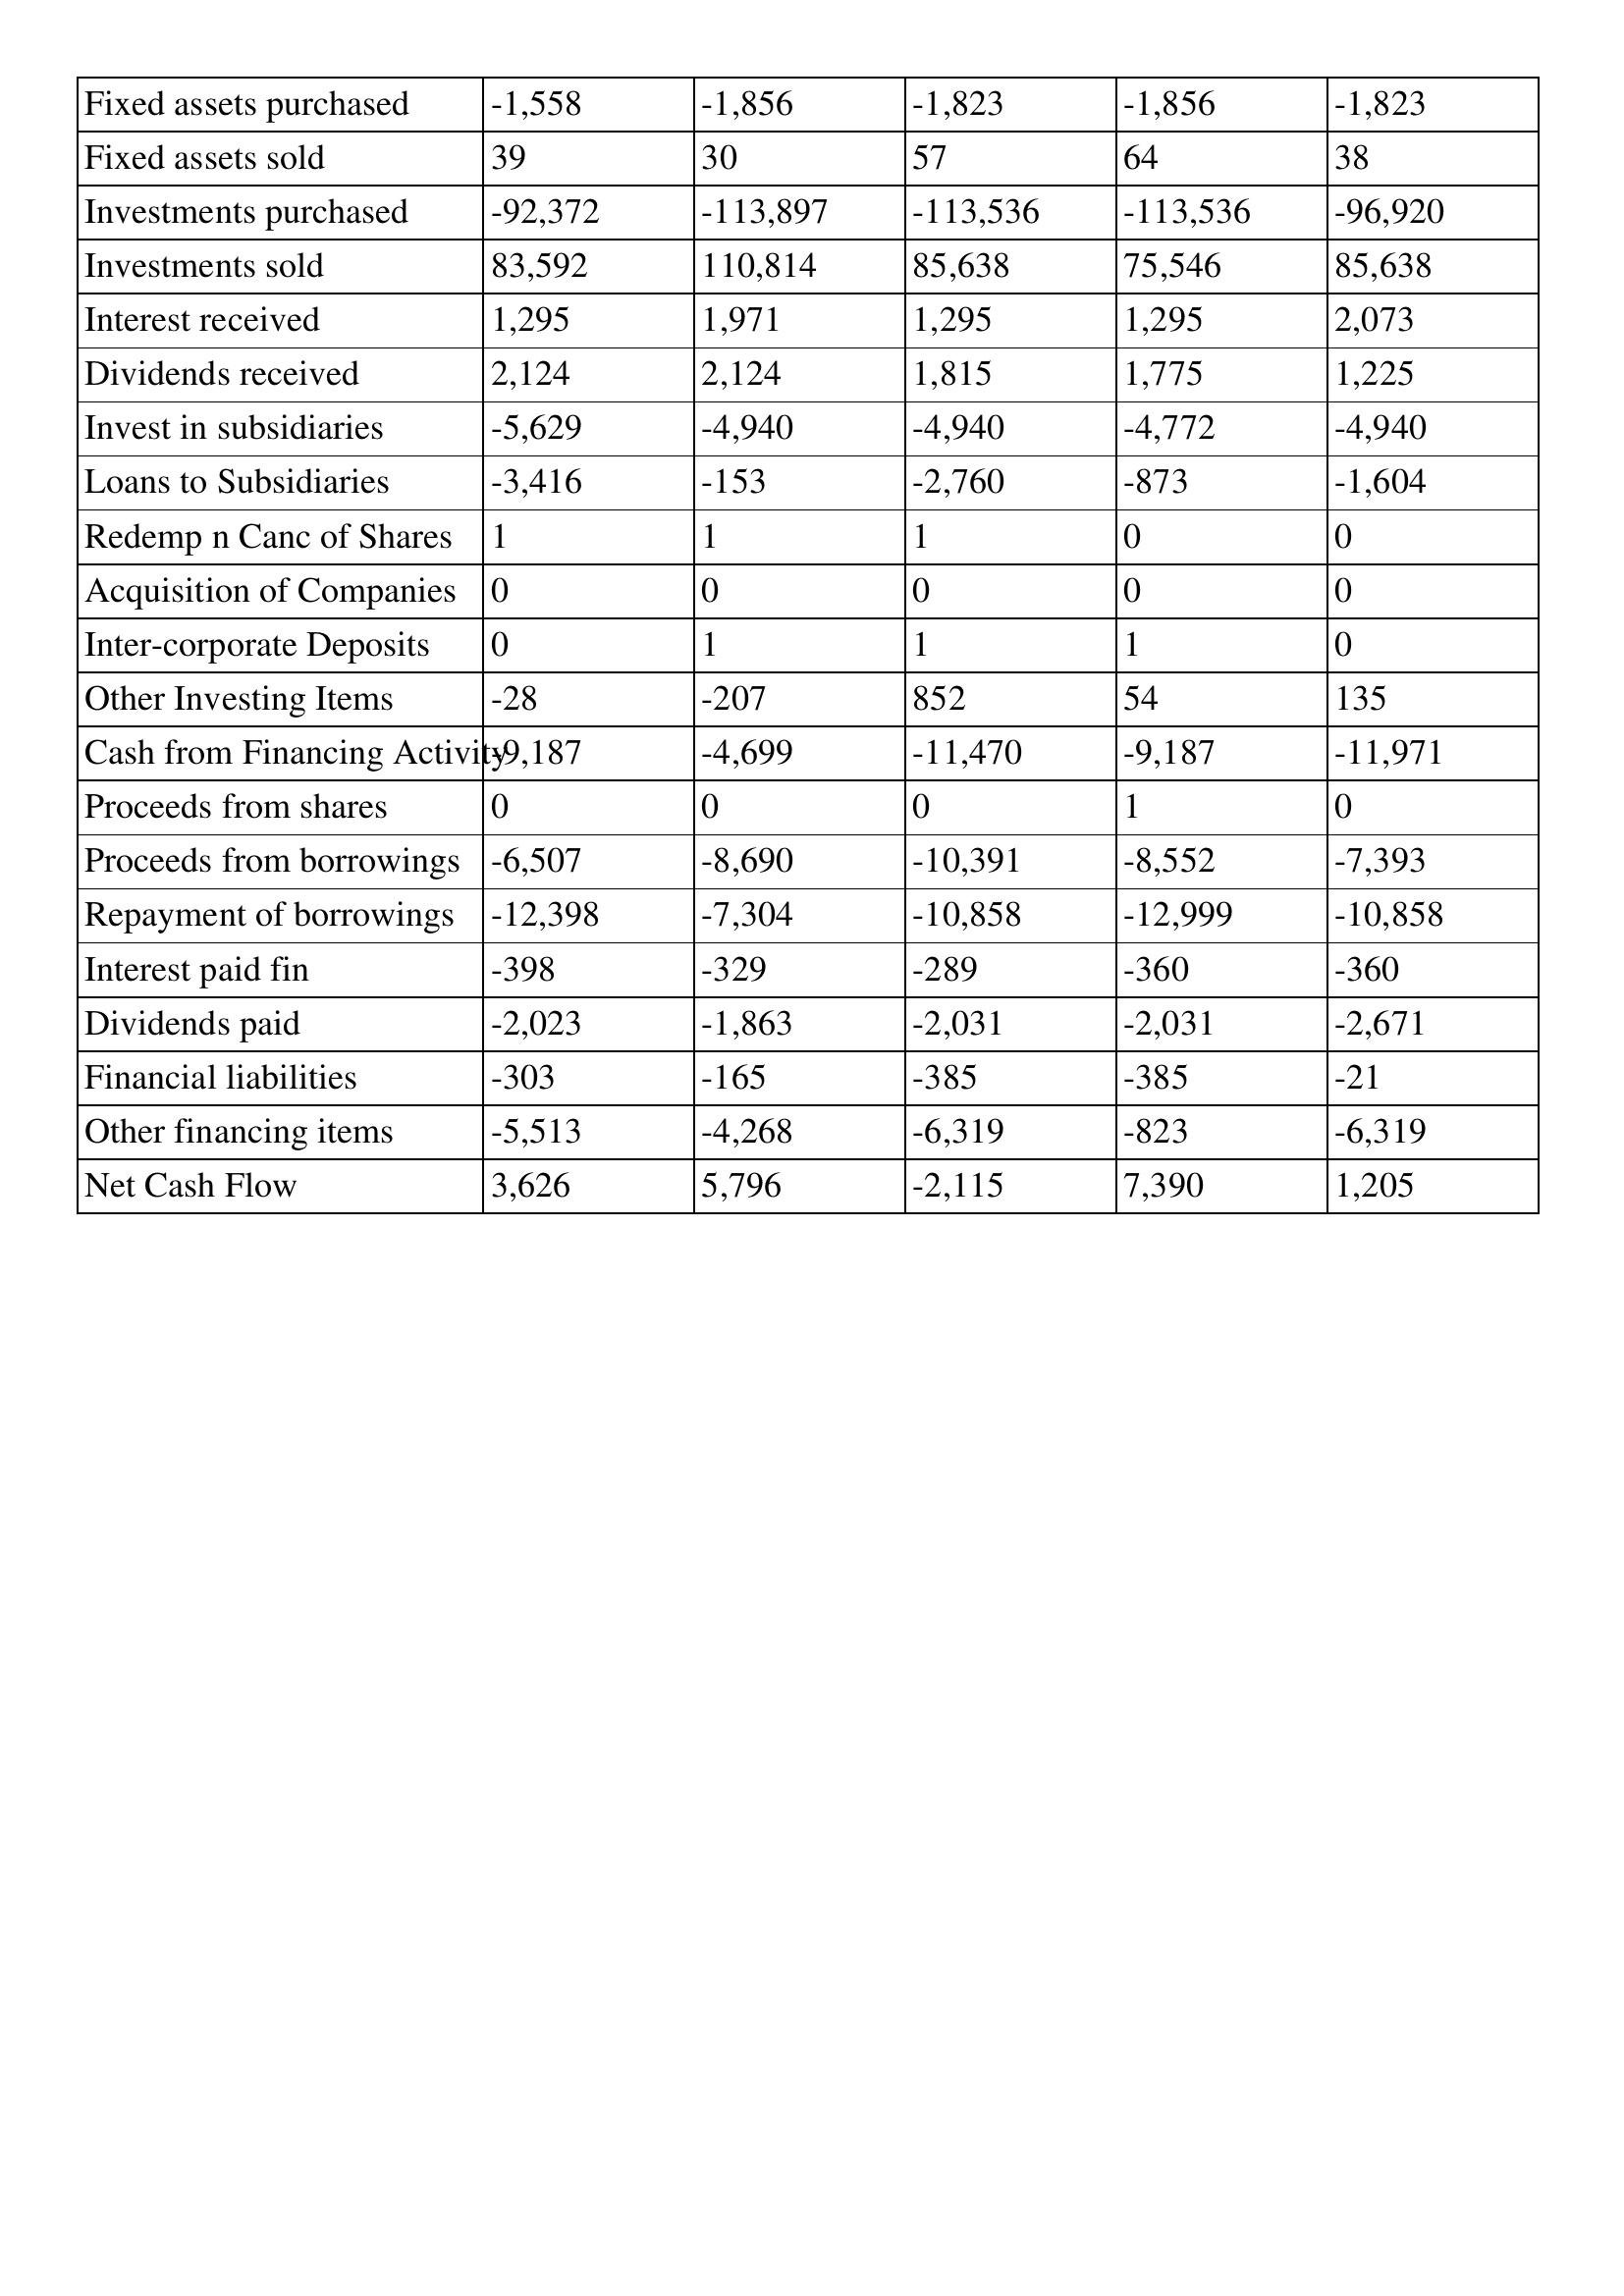
gt_parse: 2008: Cash Flows: Fixed assets purchased: -1,558
Fixed assets sold: 39
Investments purchased: -92,372
Investments sold: 83,592
Interest received: 1,295
Dividends received: 2,124
Invest in subsidiaries: -5,629
Loans to Subsidiaries: -3,416
Redemp n Canc of Shares: 1
Acquisition of Companies: 0
Inter-corporate Deposits: 0
Other Investing Items: -28
Cash from Financing Activity: -9,187
Proceeds from shares: 0
Proceeds from borrowings: -6,507
Repayment of borrowings: -12,398
Interest paid fin: -398
Dividends paid: -2,023
Financial liabilities: -303
Other financing items: -5,513
Net Cash Flow: 3,626
2007: Cash Flows: Fixed assets purchased: -1,856
Fixed assets sold: 30
Investments purchased: -113,897
Investments sold: 110,814
Interest received: 1,971
Dividends received: 2,124
Invest in subsidiaries: -4,940
Loans to Subsidiaries: -153
Redemp n Canc of Shares: 1
Acquisition of Companies: 0
Inter-corporate Deposits: 1
Other Investing Items: -207
Cash from Financing Activity: -4,699
Proceeds from shares: 0
Proceeds from borrowings: -8,690
Repayment of borrowings: -7,304
Interest paid fin: -329
Dividends paid: -1,863
Financial liabilities: -165
Other financing items: -4,268
Net Cash Flow: 5,796
2006: Cash Flows: Fixed assets purchased: -1,823
Fixed assets sold: 57
Investments purchased: -113,536
Investments sold: 85,638
Interest received: 1,295
Dividends received: 1,815
Invest in subsidiaries: -4,940
Loans to Subsidiaries: -2,760
Redemp n Canc of Shares: 1
Acquisition of Companies: 0
Inter-corporate Deposits: 1
Other Investing Items: 852
Cash from Financing Activity: -11,470
Proceeds from shares: 0
Proceeds from borrowings: -10,391
Repayment of borrowings: -10,858
Interest paid fin: -289
Dividends paid: -2,031
Financial liabilities: -385
Other financing items: -6,319
Net Cash Flow: -2,115
2005: Cash Flows: Fixed assets purchased: -1,856
Fixed assets sold: 64
Investments purchased: -113,536
Investments sold: 75,546
Interest received: 1,295
Dividends received: 1,775
Invest in subsidiaries: -4,772
Loans to Subsidiaries: -873
Redemp n Canc of Shares: 0
Acquisition of Companies: 0
Inter-corporate Deposits: 1
Other Investing Items: 54
Cash from Financing Activity: -9,187
Proceeds from shares: 1
Proceeds from borrowings: -8,552
Repayment of borrowings: -12,999
Interest paid fin: -360
Dividends paid: -2,031
Financial liabilities: -385
Other financing items: -823
Net Cash Flow: 7,390
2004: Cash Flows: Fixed assets purchased: -1,823
Fixed assets sold: 38
Investments purchased: -96,920
Investments sold: 85,638
Interest received: 2,073
Dividends received: 1,225
Invest in subsidiaries: -4,940
Loans to Subsidiaries: -1,604
Redemp n Canc of Shares: 0
Acquisition of Companies: 0
Inter-corporate Deposits: 0
Other Investing Items: 135
Cash from Financing Activity: -11,971
Proceeds from shares: 0
Proceeds from borrowings: -7,393
Repayment of borrowings: -10,858
Interest paid fin: -360
Dividends paid: -2,671
Financial liabilities: -21
Other financing items: -6,319
Net Cash Flow: 1,205